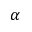
\boldsymbol \alpha